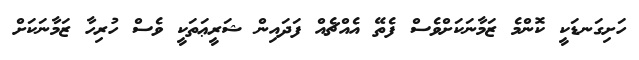
ހަށިގަނޑަކީ ކޮންމެ ޒަމާނަކަށްވެސް ފެތޭ އެއްޗެއް ފަދައިން ޝަރީޢަތަކީ ވެސް ހުރިހާ ޒަމާނަކަށް